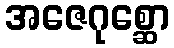
အဇေဂုစ္ဆော